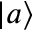
\left| a \right\rangle